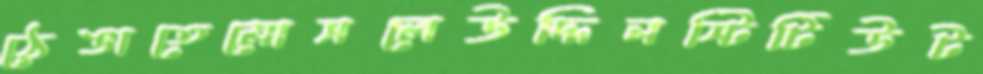
ঠেঙাতেমোসলেউদ্দিনস্টিটিউট